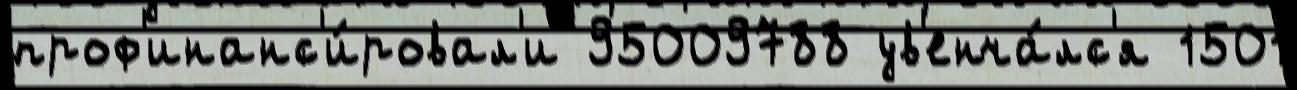
проф'инанс'и́ровал'и 95009788 ув'енча́лс'я 1501